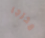
مخرجا